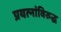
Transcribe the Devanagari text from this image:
प्रयत्‍नांविरुद्ध